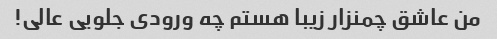
من عاشق چمنزار زیبا هستم چه ورودی جلویی عالی!